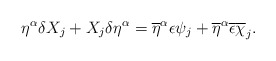
\begin{align*}\eta^\alpha\delta X_j+X_j\delta\eta^\alpha =\overline{\eta}^\alpha\epsilon \psi_j+\overline{\eta}^\alpha\overline{\epsilon } \overline{\chi}_j.\end{align*}